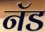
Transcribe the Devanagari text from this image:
नॅड